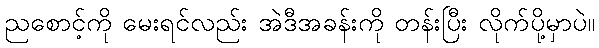
ညစောင့်ကို မေးရင်လည်း အဲဒီအခန်းကို တန်းပြီး လိုက်ပို့မှာပဲ။